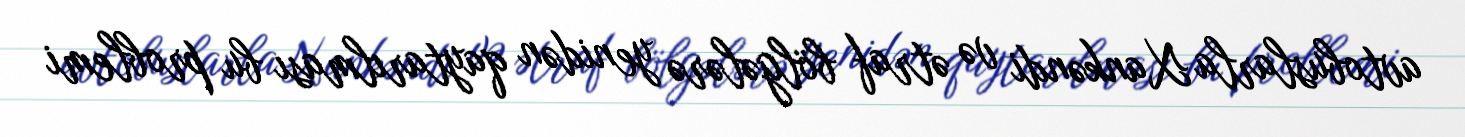
avtobuslarla Xankəndi və ətraf bölgələrə yenidən qaytarılması bu problemi